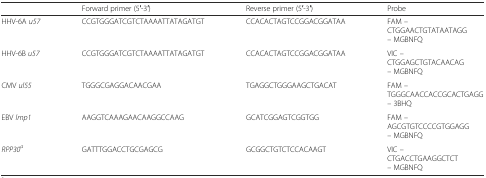
<table><thead><tr><td></td><td><b>Forward primer (5′-3′)</b></td><td><b>Reverse primer (5′-3′)</b></td><td><b>Probe</b></td></tr></thead><tbody><tr><td>HHV-6A <i>u57</i></td><td>CCGTGGGATCGTCTAAAATTATAGATGT</td><td>CCACACTAGTCCGGACGGATAA</td><td>FAM –CTGGAACTGTATAATAGG– MGBNFQ</td></tr><tr><td>HHV-6B <i>u57</i></td><td>CCGTGGGATCGTCTAAAATTATAGATGT</td><td>CCACACTAGTCCGGACGGATAA</td><td>VIC –CTGGAGCTGTACAACAG– MGBNFQ</td></tr><tr><td>CMV <i>ul55</i></td><td>TGGGCGAGGACAACGAA</td><td>TGAGGCTGGGAAGCTGACAT</td><td>FAM –TGGGCAACCACCGCACTGAGG– 3BHQ</td></tr><tr><td>EBV <i>lmp1</i></td><td>AAGGTCAAAGAACAAGGCCAAG</td><td>GCATCGGAGTCGGTGG</td><td>FAM –AGCGTGTCCCCGTGGAGG– MGBNFQ</td></tr><tr><td><i>RPP30</i><sup><i>a</i></sup></td><td>GATTTGGACCTGCGAGCG</td><td>GCGGCTGTCTCCACAAGT</td><td>VIC –CTGACCTGAAGGCTCT– MGBNFQ</td></tr></tbody></table>